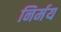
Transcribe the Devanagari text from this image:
निर्मय